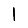
Digit: 1